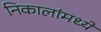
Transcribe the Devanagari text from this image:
निकालांमध्ये